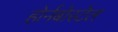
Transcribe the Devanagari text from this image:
होर्नबोस्टेल